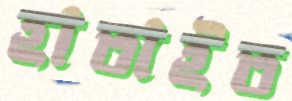
হাতাইত